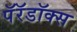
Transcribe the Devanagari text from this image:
पॅरॅडॉक्स